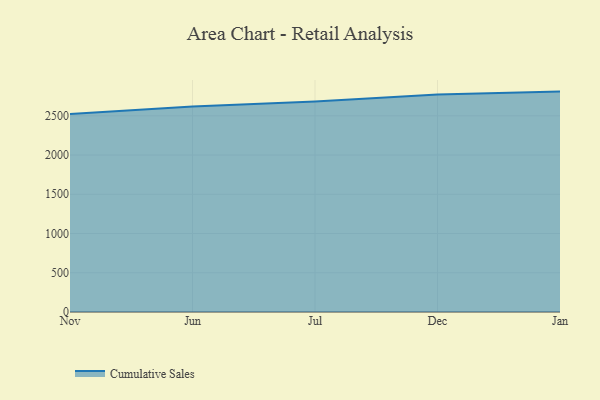
{"axis": {"x": "Month", "y": "Net Income (USD K)"}, "legend": ["Cumulative Sales"], "data": [{"x": "Nov", "y": 2524.0, "type": "Cumulative Sales"}, {"x": "Jun", "y": 2619.0, "type": "Cumulative Sales"}, {"x": "Jul", "y": 2682.8, "type": "Cumulative Sales"}, {"x": "Dec", "y": 2771.0, "type": "Cumulative Sales"}, {"x": "Jan", "y": 2808.7, "type": "Cumulative Sales"}]}